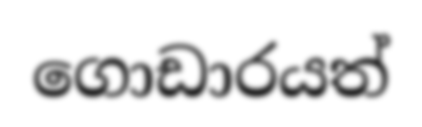
ගොඩාරයත්